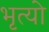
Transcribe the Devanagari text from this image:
भृत्यो